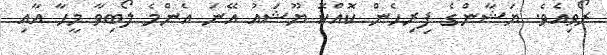
ރޯވިއެވެ. ޔަޝާންގެ ފިރިހެން ކޮއްކޮ ޔޫޝައު އޭނަ އެންމެ ލޯބިވާ މީހާ އާއި